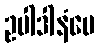
ဥပါဒါနံပေ